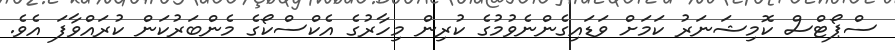
ސްޕޯޓްސް ކޮމިޝަނަރު ކަމަށް ވަޑައިގެންނެވުމުގެ ކުރިން މިހާރުގެ އެކްސްކޯގެ މެންބަރުކަން ކުރައްވާފަ އެވެ.